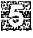
5